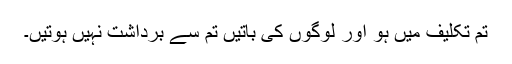
تم تکلیف میں ہو اور لوگوں کی باتیں تم سے برداشت نہیں ہوتیں۔